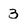
Character: 3